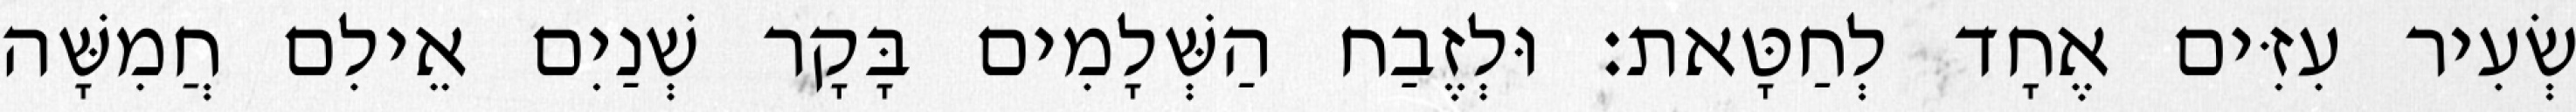
שְׂעִיר עִזִּים אֶחָד לְחַטָּאת׃ וּלְזֶבַח הַשְּׁלָמִים בָּקָר שְׁנַיִם אֵילִם חֲמִשָּׁה